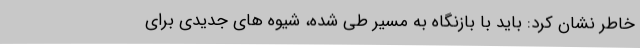
خاطر نشان کرد: باید با بازنگاه به مسیر طی شده، شیوه های جدیدی برای